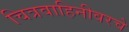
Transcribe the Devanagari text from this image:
चित्रवाहिनीवरचे